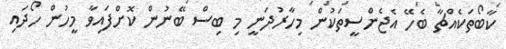
ކާބޯތަކެއްޗާ ބެހޭ އެޖެންސީތަކުން މިހާރުދަނީ މި ބިސް ބޭނުން ކޮށްފައިވާ މީހުން ހޯދައި